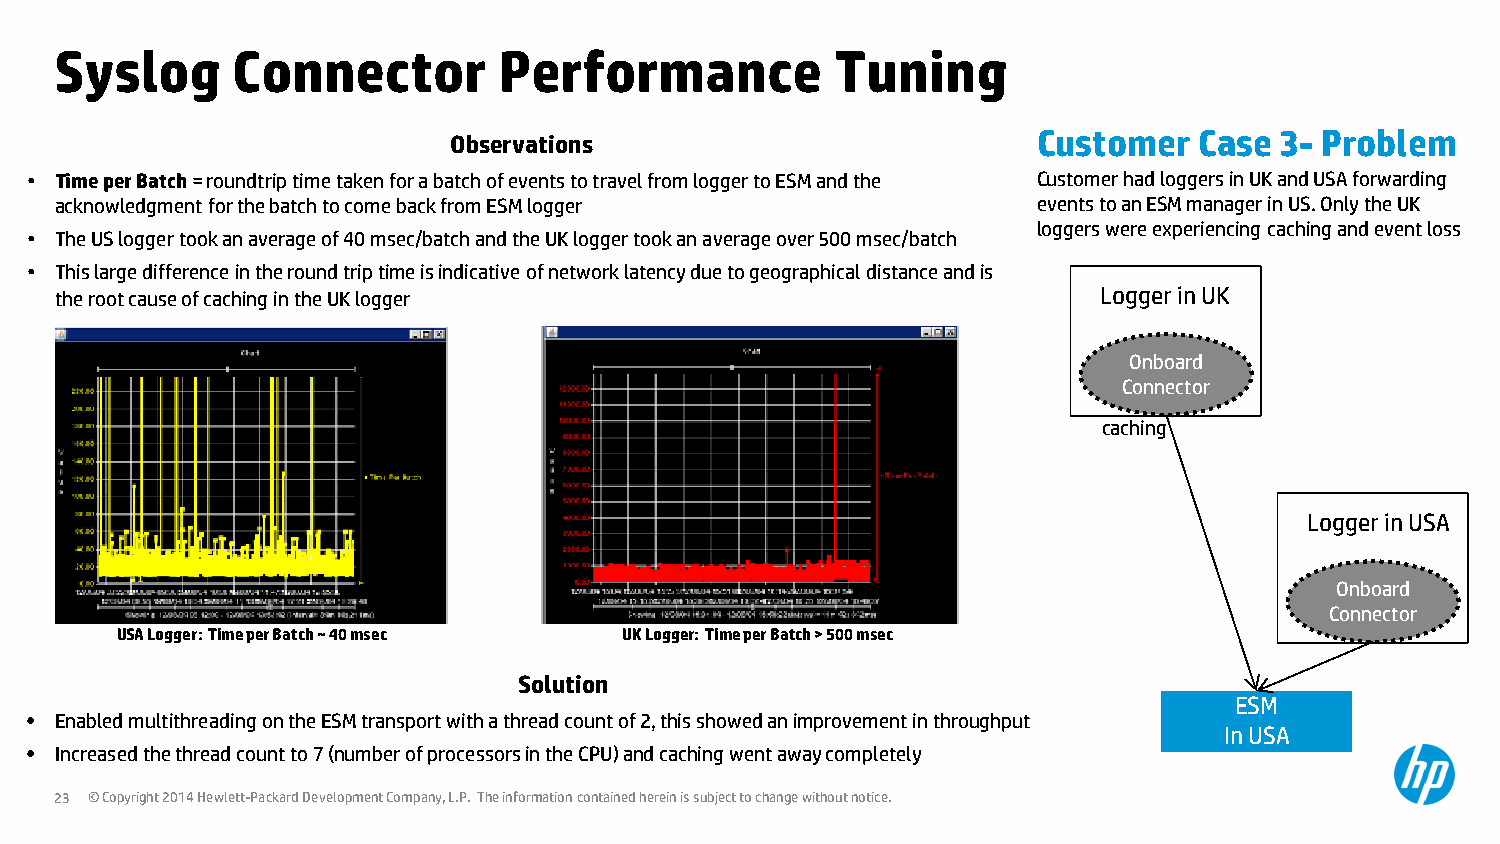
Syslog     Connector         Performance           Tuning
 Observations                           Customer  Case  3- Problem
 • Time per Batch = roundtrip time taken for a batch of events to travel from logger to ESM and the Customer had loggers in UK and USA forwarding
 acknowledgment for the batch to come back from ESM logger        events to an ESM manager in US. Only the UK
 loggers were experiencing caching and event loss
 • The US logger took an average of 40 msec/batch and the UK logger took an average over 500 msec/batch
 • This large difference in the round trip time is indicative of network latency due to geographical distance and is
 the root cause of caching in the UK logger                           Logger in UK
 Onboard
 Connector
 caching
 Logger in USA
 Onboard
 Connector
 USA Logger: Time per Batch ~ 40 msec UK Logger: Time per Batch > 500 msec
 Solution
 ESM
 • Enabled multithreading on the ESM transport with a thread count of 2, this showed an improvement in throughput
 In USA
 • Increased the thread count to 7 (number of processors in the CPU) and caching went away completely
 23 © Copyright 2014 Hewlett-Packard Development Company, L.P. The information contained herein is subject to change without notice.